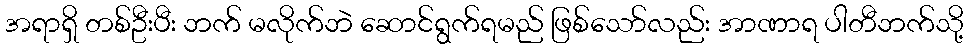
အရာရှိ တစ်ဦးပီး ဘက် မလိုက်ဘဲ ဆောင်ရွက်ရမည် ဖြစ်သော်လည်း အာဏာရ ပါတီဘက်သို့